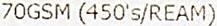
70GSM (450'S/REAM)